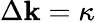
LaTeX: \Delta\mathbf{k}=\kappa